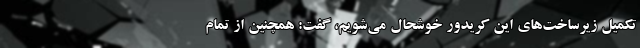
تکمیل زیرساخت‌های این کریدور خوشحال می‌شویم، گفت: همچنین از تمام